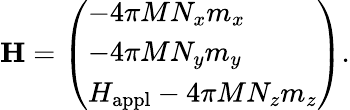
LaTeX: \mathbf{H}=\left(\begin{array}{l}{-4\pi MN_{x}m_{x}}\\ {-4\pi MN_{y}m_{y}}\\ {H_{\mathrm{appl}}-4\pi MN_{z}m_{z}}\end{array}\right).